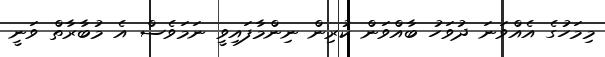
މިމަހުގެ އެއްވަނަ ދުވަހު ބާއްވަން ކުރިން ނިންމާފައިވީ ނަމަވެސް އެ މުބާރާތް ވަނީ